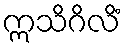
ဣသိဂိလိံ